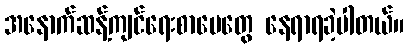
အနောက်ဆန့်ကျင်ရေးစာပေတွေ နေရာရခဲ့ပါတယ်။